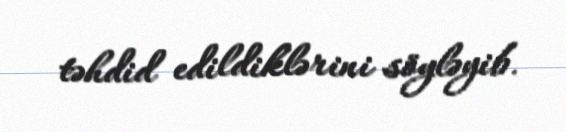
təhdid edildiklərini söyləyib.